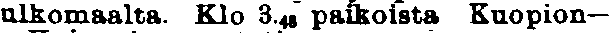
ulkomaalta. Klo 3,45 paikoista Kuopion—